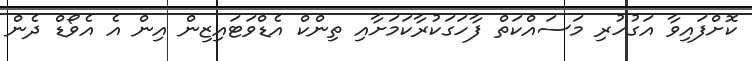
ކޮށްފައިވާ އަގުހުރި މަސައްކަތް ފާހަގަކުރާކަމަށާއި ތިންކް އެޑްވަޓައިޒިން އިން އެ އެވޯޑް ދެން